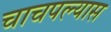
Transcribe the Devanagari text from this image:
चाचपल्यास